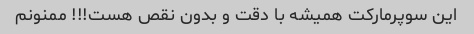
این سوپرمارکت همیشه با دقت و بدون نقص هست!!! ممنونم